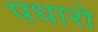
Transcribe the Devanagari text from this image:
पधारो